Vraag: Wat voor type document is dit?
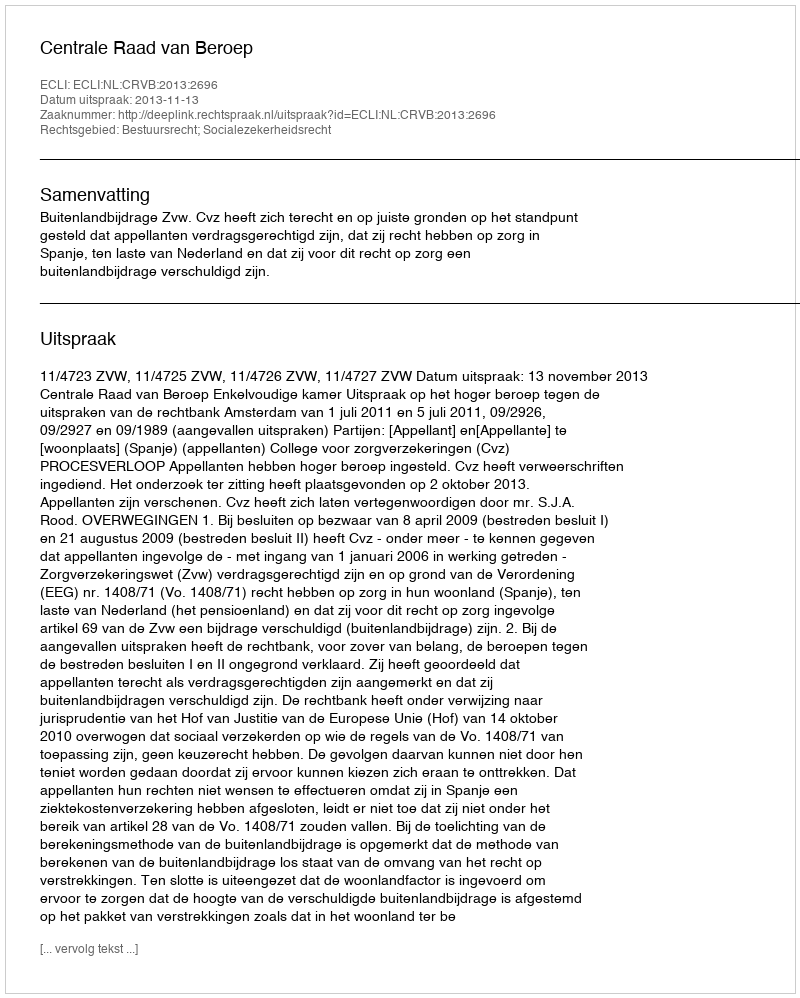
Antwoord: Uitspraak